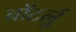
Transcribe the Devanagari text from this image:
वॉटर्लु